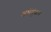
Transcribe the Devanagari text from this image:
अर्थगुंफन